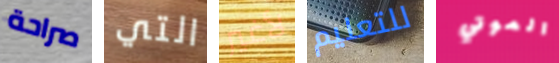
صراحة التي لأغير للتعليم الموتي